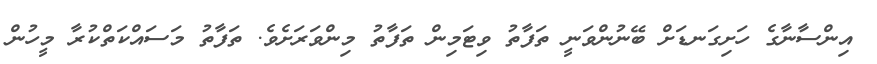
އިންސާނާގެ ހަށިގަނޑަށް ބޭނުންވަނީ ތަފާތު ވިޓަމިން ތަފާތު މިންވަރަށެވެ. ތަފާތު މަސައްކަތްކުރާ މީހުން